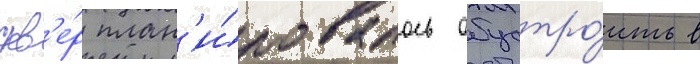
скв'е́р план'и́ровалось обустро́ить в